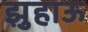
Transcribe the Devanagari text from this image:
झुहाऊ